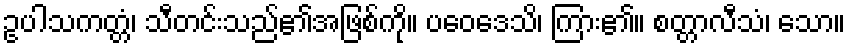
ဥပါသကတ္တံ၊ သီတင်းသည်၏အဖြစ်ကို။ ပဝေဒေသိ၊ ကြား၏။ စတ္တာလီသံ၊ သော။